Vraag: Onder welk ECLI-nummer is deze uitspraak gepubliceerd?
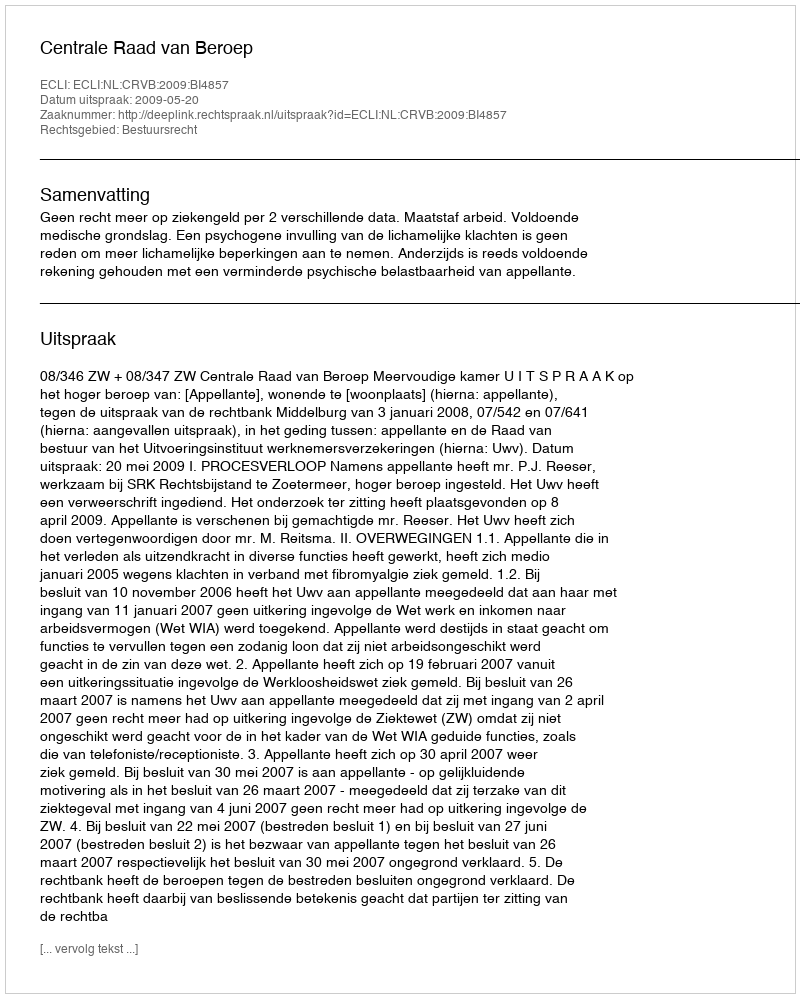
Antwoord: ECLI:NL:CRVB:2009:BI4857